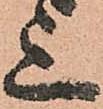
其